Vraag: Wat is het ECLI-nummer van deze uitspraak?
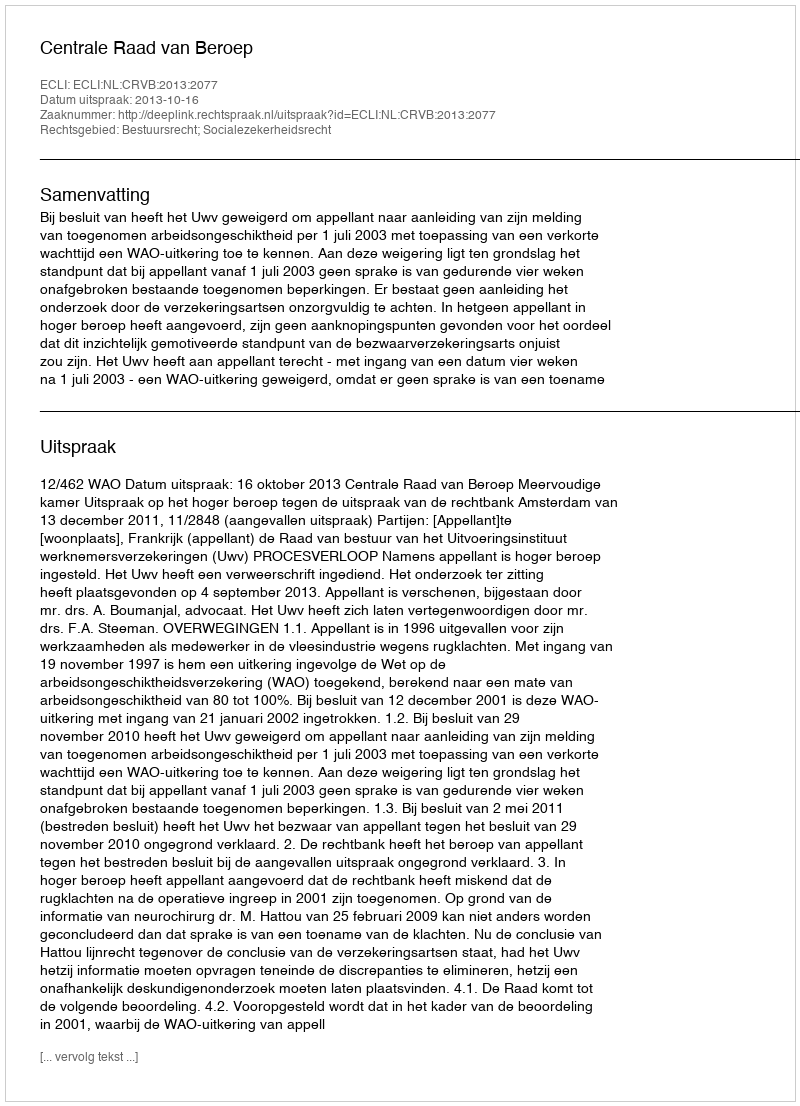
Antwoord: ECLI:NL:CRVB:2013:2077